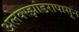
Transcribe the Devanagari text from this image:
अलेक्स्झांडरापासून